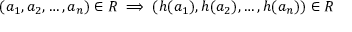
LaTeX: ( a _ { 1 } , a _ { 2 } , \dots , a _ { n } ) \in R \implies ( h ( a _ { 1 } ) , h ( a _ { 2 } ) , \dots , h ( a _ { n } ) ) \in R